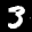
Label: 3